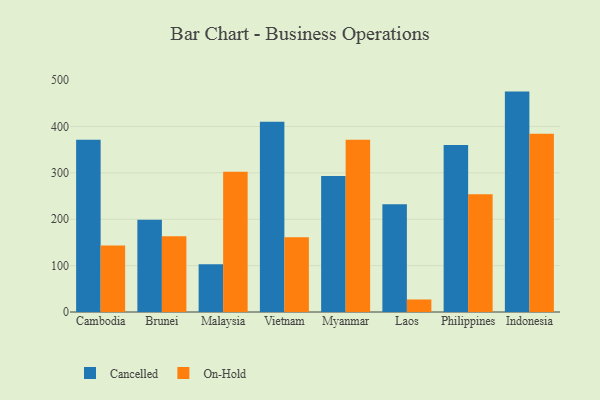
{"axis": {"x": "Country", "y": "Conversion Rate (%)"}, "legend": ["Cancelled", "On-Hold"], "data": [{"x": "Cambodia", "y": 371.2, "type": "Cancelled"}, {"x": "Cambodia", "y": 143.3, "type": "On-Hold"}, {"x": "Brunei", "y": 198.7, "type": "Cancelled"}, {"x": "Brunei", "y": 163.3, "type": "On-Hold"}, {"x": "Malaysia", "y": 102.8, "type": "Cancelled"}, {"x": "Malaysia", "y": 302.4, "type": "On-Hold"}, {"x": "Vietnam", "y": 410.1, "type": "Cancelled"}, {"x": "Vietnam", "y": 161.1, "type": "On-Hold"}, {"x": "Myanmar", "y": 293.3, "type": "Cancelled"}, {"x": "Myanmar", "y": 371.3, "type": "On-Hold"}, {"x": "Laos", "y": 232.4, "type": "Cancelled"}, {"x": "Laos", "y": 27.0, "type": "On-Hold"}, {"x": "Philippines", "y": 360.2, "type": "Cancelled"}, {"x": "Philippines", "y": 253.9, "type": "On-Hold"}, {"x": "Indonesia", "y": 475.2, "type": "Cancelled"}, {"x": "Indonesia", "y": 384.3, "type": "On-Hold"}]}